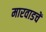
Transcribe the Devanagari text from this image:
मारवाडचें